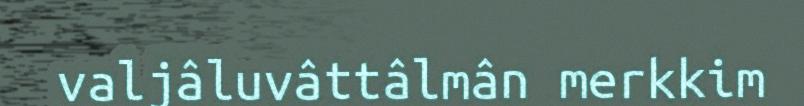
valjâluvâttâlmân merkkim